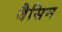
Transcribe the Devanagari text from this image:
बैसिम